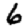
Digit: 6